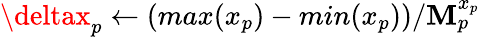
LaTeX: \deltax_{p}\gets(max(x_{p})-min(x_{p}))/\mathbf{M}_{p}^{x_{p}}